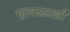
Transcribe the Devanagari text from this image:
भूतकाळाशी